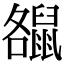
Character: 𪕘